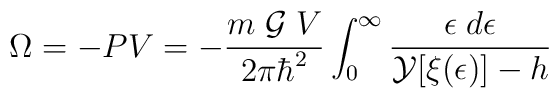
\Omega=-PV=-\frac{m\;{\cal{G}}\;V}{2\pi{\hbar}^2}\int_{0}^{\infty}\frac{\epsilon\;d\epsilon}{{\cal{Y}}[\xi(\epsilon)]-h}